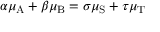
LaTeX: \alpha \mu _ { \mathrm { A } } + \beta \mu _ { \mathrm { B } } = \sigma \mu _ { \mathrm { S } } + \tau \mu _ { \mathrm { T } }